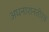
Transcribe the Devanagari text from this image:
अघनाशनतीर्थ